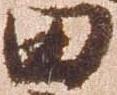
田